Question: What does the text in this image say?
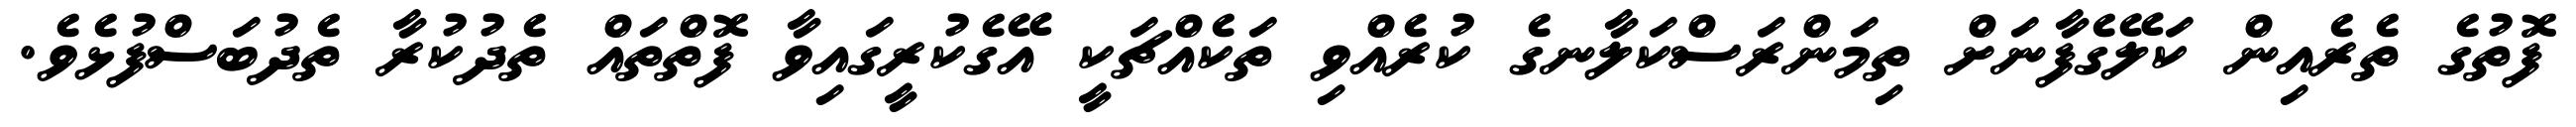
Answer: ފޮތުގެ ތެރެއިން ކަލޭގެފާނަށް ތިމަންރަސްކަލާނގެ ކުރެއްވި ތަކެއްޗަކީ އޭގެކުރީގައިވާ ފޮތްތައް ތެދުކުރާ ތެދުބަސްފުޅެވެ.